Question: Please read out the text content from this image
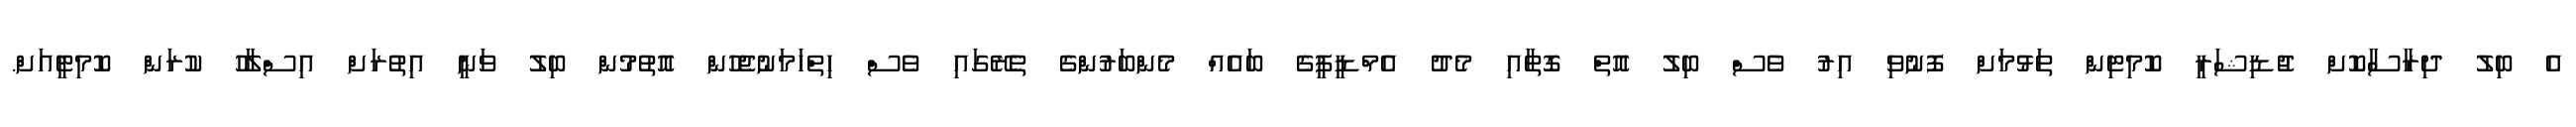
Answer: އެ ބިލު ދިރާސާކޮށް ޖުޑިޝަރީ ކޮމިޓިން ތަޅުމަށް ފޮނުވި އިރު ވެސް ބިލު އޮތް ގޮތާއި މެދު އެމްޑީޕީގެ ބައެއް މެންބަރުންގެ ތެރޭގައި ވެސް ހިތްހަމަނުޖެހުން އޮތުމުން ބިލު ވަނީ އިތުރަށް އިސްލާހު ކުރަން ކޮމިޓީއަށް.